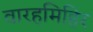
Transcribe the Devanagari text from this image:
वारहमिहिर